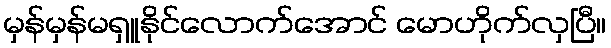
မှန်မှန်မရှူနိုင်လောက်အောင် မောဟိုက်လှပြီ။